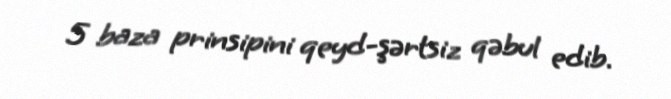
5 baza prinsipini qeyd-şərtsiz qəbul edib.